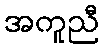
အကူညီ